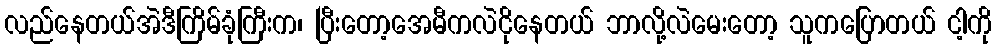
လည်နေတယ်အဲဒီကြိမ်ခုံကြီးက၊ ပြီးတော့အေမီကလဲငိုနေတယ် ဘာလို့လဲမေးတော့ သူကပြောတယ် ငါ့ကို